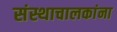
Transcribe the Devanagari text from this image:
संस्थाचालकांना